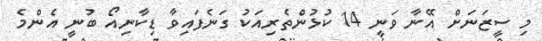
މި ސީޒަނަށް އޭނާ ވަނީ 14 ކުޅުންތެރިއަކު ގަނެފައިވާ ޑިކާނިއޯ ބުނީ އެންމެ